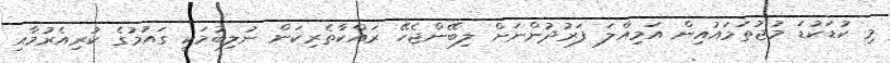
މި ކުޑަކުޑަ މުޖުތަމައުއިން އަމިއްލަ ފަރުދުންނަށް ލިބޭންޖެހޭ ރައްކާތެރިކަން ނުލިބުމަކީ ގައުމުގެ ކުރިއެރުމާއި